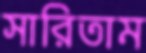
সারিতাম